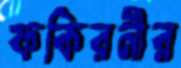
ফকিরনীর